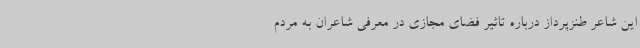
این شاعر طنزپرداز درباره تاثیر فضای مجازی در معرفی شاعران به مردم